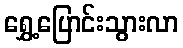
ရွှေ့ပြောင်းသွားလာ